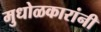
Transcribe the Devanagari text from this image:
मुधोळकारांनी